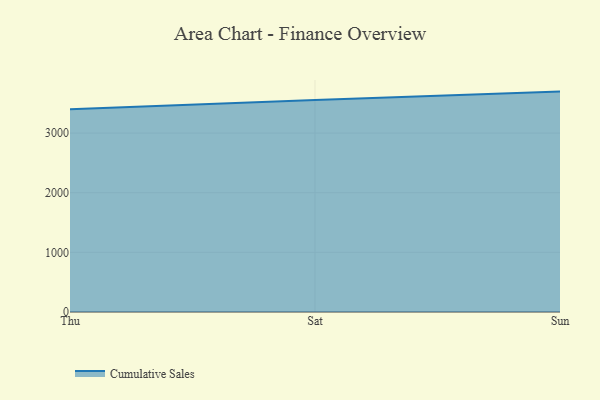
{"axis": {"x": "Day", "y": "Active Users"}, "legend": ["Cumulative Sales"], "data": [{"x": "Thu", "y": 3400.8, "type": "Cumulative Sales"}, {"x": "Sat", "y": 3555.8, "type": "Cumulative Sales"}, {"x": "Sun", "y": 3695.2, "type": "Cumulative Sales"}]}